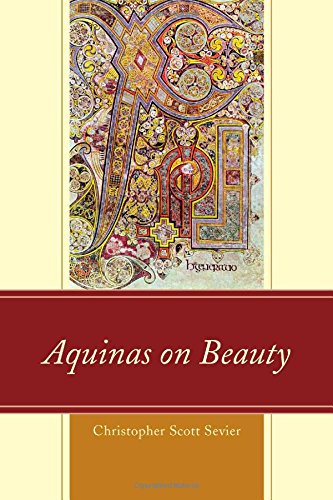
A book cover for Aquinas on Beauty; Christopher Scott Sevier; Politics & Social Sciences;